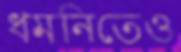
ধমনিতেও